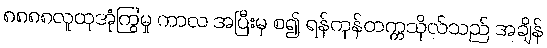
၈၈၈၈လူထုအုံကြွမှု ကာလ အပြီးမှ စ၍ ရန်ကုန်တက္ကသိုလ်သည် အချိန်